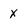
Character: x